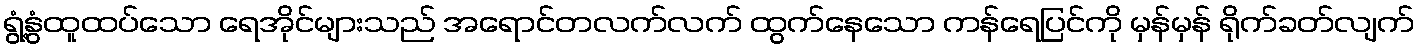
ရွံ့နွံထူထပ်သော ရေအိုင်များသည် အရောင်တလက်လက် ထွက်နေသော ကန်ရေပြင်ကို မှန်မှန် ရိုက်ခတ်လျက်